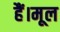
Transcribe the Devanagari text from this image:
हैं।मूल